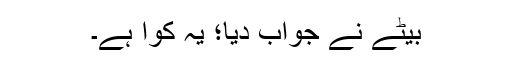
بیٹے نے جواب دیا؛ یہ کوّا ہے۔